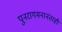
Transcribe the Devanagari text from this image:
पुनरागमनानंतरही